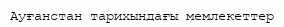
Ауғанстан тарихындағы мемлекеттер